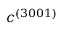
c ^ { ( 3 0 0 1 ) }